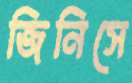
জিনিসে